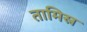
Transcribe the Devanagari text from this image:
तामिस्र